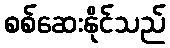
စစ်ဆေးနိုင်သည်